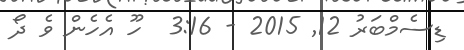
ޑިސެމްބަރު 12